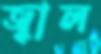
জ্বাল